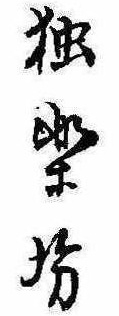
独楽坊